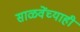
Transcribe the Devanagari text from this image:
साळवेंच्याही